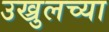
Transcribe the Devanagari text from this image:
उख्रुलच्या